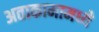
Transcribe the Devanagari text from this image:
अताकामामध्ये